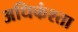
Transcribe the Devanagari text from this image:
अधिकंश्ता